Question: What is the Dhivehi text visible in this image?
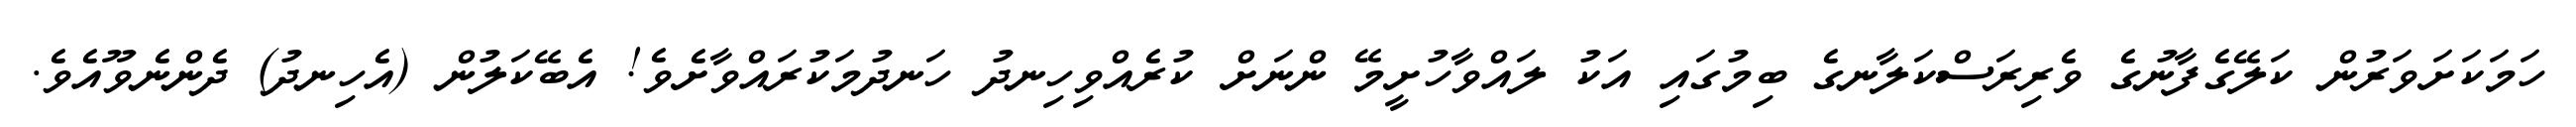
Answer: ހަމަކަށަވަރުން ކަލޭގެފާނުގެ ވެރިރަސްކަލާނގެ ބިމުގައި އަކު ލައްވާހުށީމޭ ންނަށް ކުރެއްވިހިނދު ހަނދުމަކުރައްވާށެވެ! އެބޭކަލުން (އެހިނދު) ދެންނެވޫއެވެ.